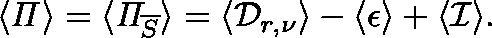
\langle \mathit { \Pi } \rangle = \langle \mathit { \Pi } _ { \overline { { S } } } \rangle = \langle \mathcal { D } _ { r , \nu } \rangle - \langle \mathcal { \epsilon } \rangle + \langle \mathcal { I } \rangle .